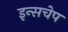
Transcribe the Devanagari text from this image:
इन्सचेप